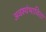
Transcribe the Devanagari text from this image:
अवश्यंभाविता